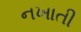
નખાતી